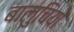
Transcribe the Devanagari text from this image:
बालुचियों